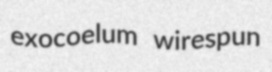
exocoelum wirespun